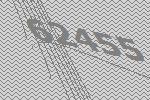
62455